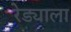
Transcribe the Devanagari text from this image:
रेड्याला